Civil Veterinary Department. United Provinces 1932-42 - 1932-1942
Year: 1932
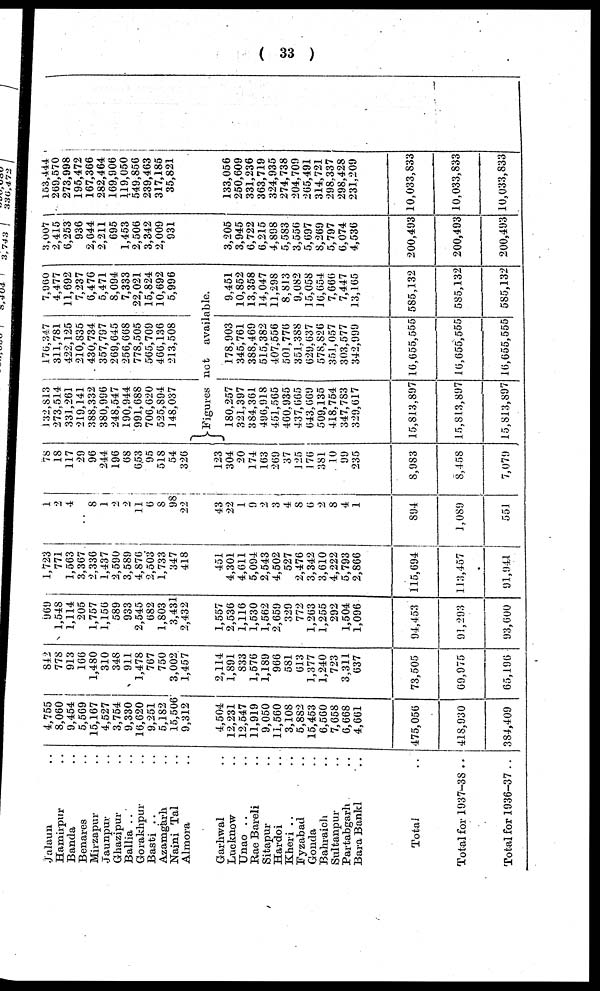
(33)
Jalaun ..
Hamirpur ..
Banda ..
Benares
Mirzapur ..
Jaunpur ..
Ghazipur ..
Ballia .. ..
Gorakhpur ..
Basti .. ..
Azamgarh ..
Naini Tal ..
Almora ..
Garhwal ..
Lucknow ..
Unao .. ..
Rae Bareli ..
Sitapur ..
Hardoi ..
Kheri .. ..
Fyzabad ..
Gonda ..
Bahraich ..
Sultanpur ..
Partabgarh ..
Bara Bankl ..
Total ..
Total for 1937-38 ..
Total for 1936-37 ..
4,755
8,060
9,454
5,569
15,167
4,527
3,754
9,330
16,620
9,251
5,182
15,506
9,312
4,504
12,231
12,547
11,919
9,050
11,560
3,108
5,882
15,453
6,560
7,658
6,668
4,661
475,056
41S,930
384,409
842
778
913
166
1,480
310
348
911
1,478
767
750
3,002
1,457
2,114
1,891
833
1,576
1,189
966
581
613
1,377
1,240
723
3,311
637
73,505
69,975
65,196
969
1,548
1,114
205
1,757
1,156
589
933
2,545
682
1,803
3,431
2,432
1,557
2,536
1,116
1,530
1,562
2,659
329
772
1,263
1,255
292
1,504
1,096
94,453
91,293
93,600
1,723
771
1,563
3,367
2.336
1,437
2,590
3,589
4,876
2,503
1,733
347
418
451
4,301
4,611
5,094
2,543
4,502
527
2,476
3,342
3,610
4,222
5,793
2,866
115,694
113,457
91,941
1
2
4
8
1
2
2
11
6
8
98
22
43
22
1
9
2
3
4
8
6
2
8
4
1
894
1,089
551
78
18
117
29
96
244
196
68
653
95
518
54
326
123
304
20
174
163
269
37
125
176
381
10
99
235
8,983
8,458
7,079
132,813
273.514
331,261
219,141
388.332
380,996
248,547
190,944
991,688
706,620
525,894
148,037
176,347
311,781
422,125
210,835
430,734
357,797
269,645
256,668
778,505
565,709
466,136
213,508
7,060
4,477
11,692
7,237
6,476
5,471
8,094
7,333
22,021
15,824
10,692
5,996
3,007
2,415
6,253
936
2,644
2,211
695
1,453
2,506
3,342
2,009
931
153,444
269,570
273,998
195,472
167,366
282,464
169,906
119,050
549,856
239,463
317,185
35,821
Figures not
available.
180,257
321,397
384,361
496,918
451,565
460,935
437,665
643,669
509,135
418,754
347,783
329,617
15,813,897
15,813,897
15,813,897
178,903
345,761
388,469
515,382
407,556
501,776
351.388
629.637
578,826
351,057
303,577
342,999
16,655,555
16,655,555
16,655,555
9,451
10,852
13,358
14,047
11,298
8,813
9,082
15,058
16,654
7,666
7,447
13,165
585,132
585,132
585,132
3,205
3,945
6,722
6,215
4,898
5,583
3,556
5,697
8,269
5,797
6,074
4,536
200,493
200,493
200,493
133,056
250,609
331,236
363,719
324,935
274,738
204,709
265,491
314,721
298.337
298,428
231,209
10,033,833
10,033,833
10,033,833